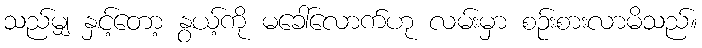
သည်မျှ နှင့်တော့ နွယ့်ကို မခေါ်လောက်ဟု လမ်းမှာ စဉ်းစားလာမိသည်။